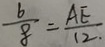
\frac { 6 } { 8 } = \frac { A E } { 1 2 . }